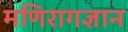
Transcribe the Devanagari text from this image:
मणिरागज्ञान